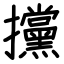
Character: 攩